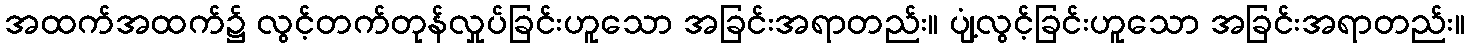
အထက်အထက်၌ လွင့်တက်တုန်လှုပ်ခြင်းဟူသော အခြင်းအရာတည်း။ ပျံ့လွင့်ခြင်းဟူသော အခြင်းအရာတည်း။